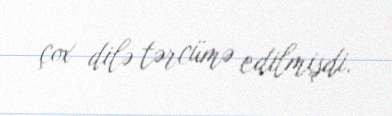
çox dilə tərcümə edilmişdi.